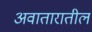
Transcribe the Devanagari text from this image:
अवातारातील